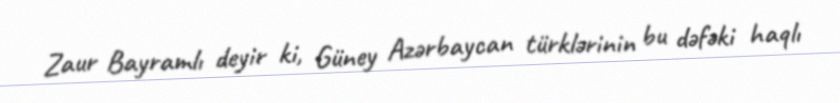
Zaur Bayramlı deyir ki, Güney Azərbaycan türklərinin bu dəfəki haqlı